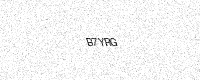
Text: B7YRG